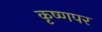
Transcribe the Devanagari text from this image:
कृष्णपर